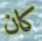
كان